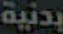
بدنية